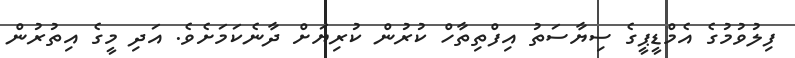
ފިލުވުމުގެ އެމްޑީޕީގެ ސިޔާސަތު އިފްތިތާހް ކުރުން ކުރިޔަށް ދާނެކަމަށެވެ. އަދި މީގެ އިތުރުން